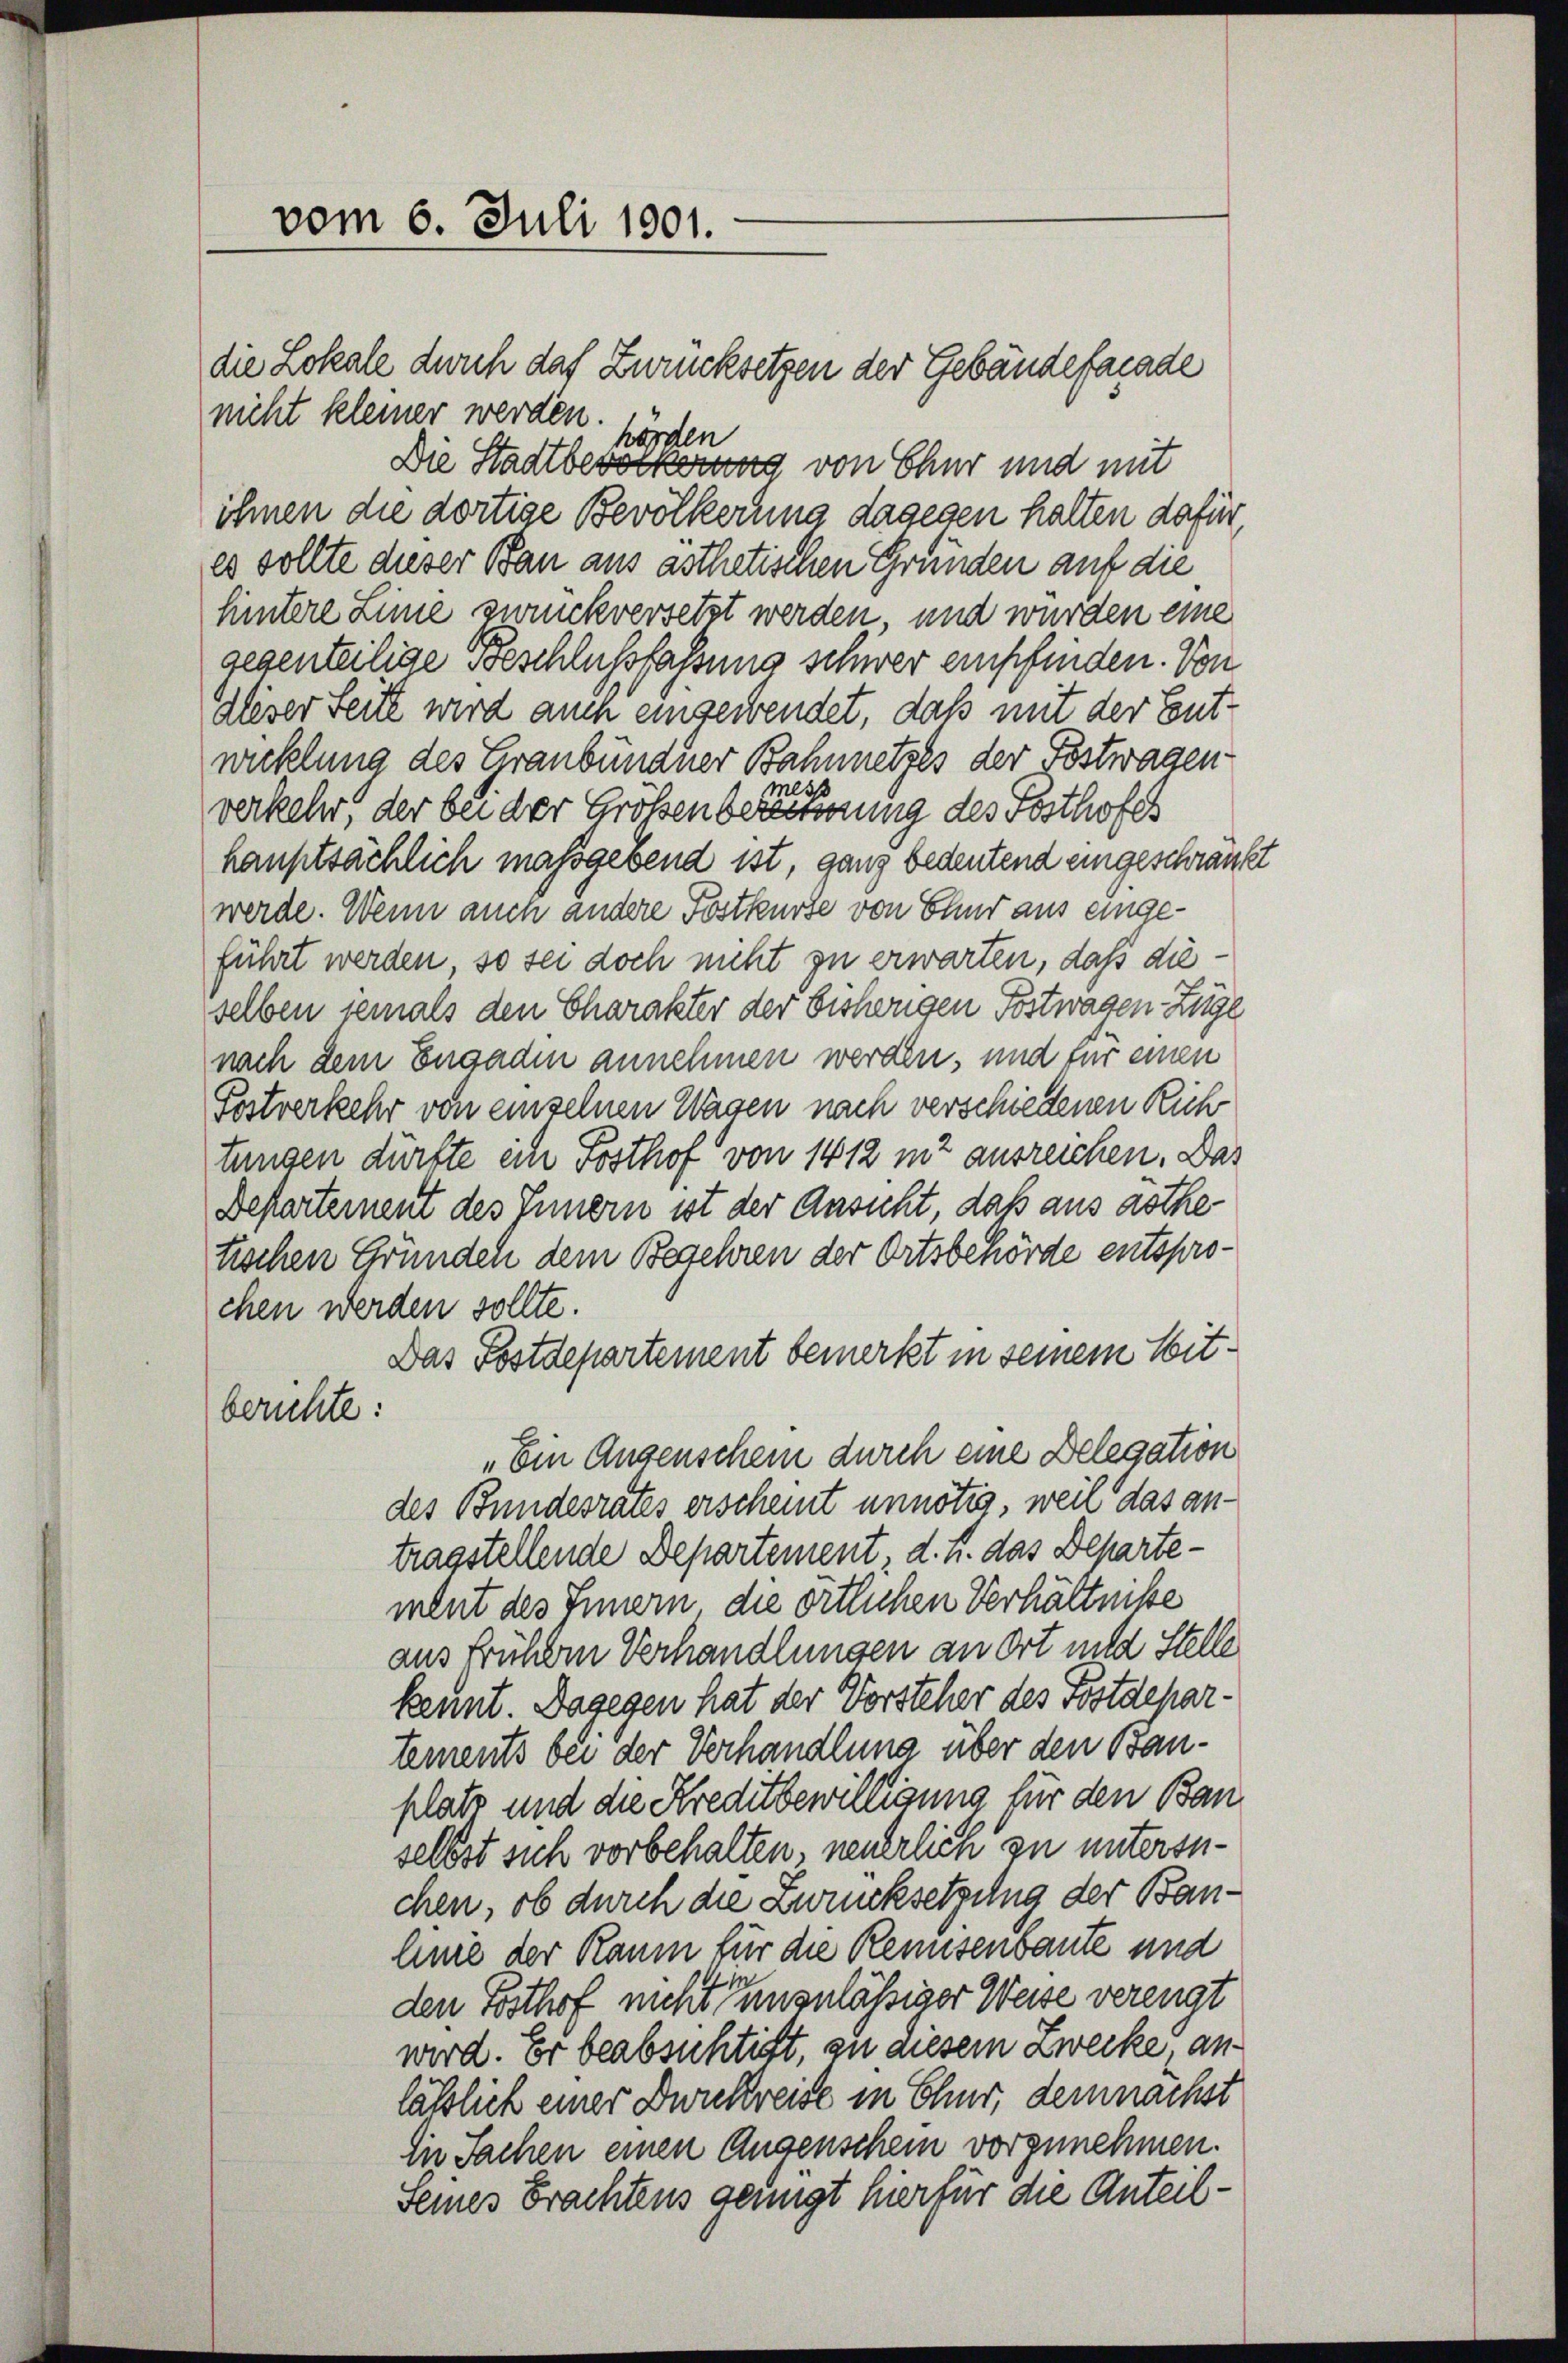
vom 6. Juli 1901.

die Lokale durch das Zurücksetzen der Gebäudefacade
nicht kleiner werden. Hörden
Die Stadtbevölkerung von Chur und mit
ihnen die dortige Bevölkerung dagegen halten dafür,
es sollte dieser Bau aus asthetischen Gründen auf die
hintere Linie zwunkversetzt werden, und wurden eine
gegenteilige Vorschlußfassung schwer empfinden. Von
dlieser Seite wird auch eingewendet, daß mit der Entwicklung des Graubündner Bahnnetzes der Postwagen
es
verkehr, der bei der Größen bereitung des Sosthofes
hauptsächlich massgebend ist, ganz bedeutend eingeschränkt
werde. Wenn auch andere Fostkurse von Ehnr aus eingeführt werden, so sei doch nicht zu erwarten, daß dieselben jemals den Charakter der bisherigen Postwagen Zuge
nach dem Engadin annehmen werden, und für einen
Fostverkehr von einzelnen Wagen nach verschiedenen Rühr
tungen dürfte ein Posthof von 1412 mt ausreichen. Das
Beparternent des Innern ist der Ansicht, daß aus asthetischen Gründen dem Begehren der Ortsbehörde entsprochen werden sollte.
Das Postdepartement bemerkt in seinem Sitberichte:
„Ein Augenschein durch eine Delegation
des Bundesrates erscheint unnötig, weil das an-
tragstellende Departement, d. h. das Departement des Innern die örtlichen Verhältnisse
aus frühem Verhandlungen an Ort mild Stelle
kennt. Dagegen hat der Vorsteher des Postdepartements bei der Verhandlung über den Bauplatz und die Kreditbewilligung für den Ban
selbst sich vorbehalten, neuerlich zu untersuchen, ob durch die Zurücksetzung der Baulinie der Raum für die Reisenbaute und
den Posthof nicht unzulässiger Weise verengt
wird. Er beabsichtigt, zu diesem Zwecke, anlässlich einer Drukreise in Chur, demnachst
Die Sachen einen Augenschein vorzunehmen.
Seines Erachtens genügt hier für die Anteil¬